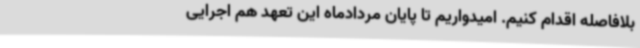
بلافاصله اقدام کنیم. امیدواریم تا پایان مردادماه این تعهد هم اجرایی